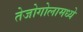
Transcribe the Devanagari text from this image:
तेजोगोलामध्ये